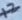
Text: 12